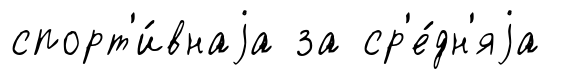
спорт'и́внаjа за ср'е́дн'яjа